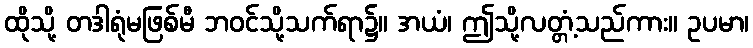
ထိုသို့ တဒါရုံမဖြစ်မီ ဘဝင်သို့သက်ရာ၌။ အယံ၊ ဤသို့လတ္တံ့သည်ကား။ ဥပမာ၊